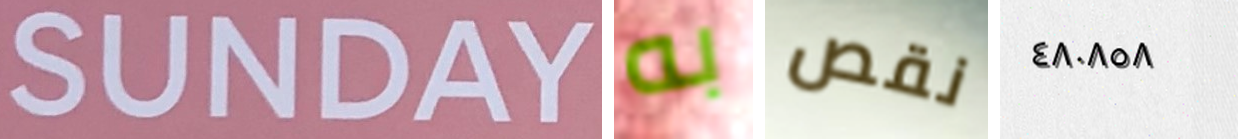
SUNDAY به نقص ٤٨٠٨٥٨